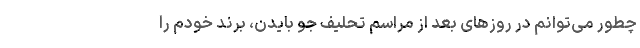
چطور می‌توانم در روزهای بعد از مراسم تحلیف جو بایدن، برند خودم را